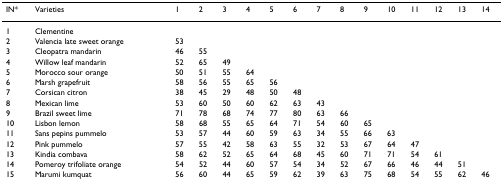
<table><thead><tr><td><b>IN*</b></td><td><b>Varieties</b></td><td><b>1</b></td><td><b>2</b></td><td><b>3</b></td><td><b>4</b></td><td><b>5</b></td><td><b>6</b></td><td><b>7</b></td><td><b>8</b></td><td><b>9</b></td><td><b>10</b></td><td><b>11</b></td><td><b>12</b></td><td><b>13</b></td><td><b>14</b></td></tr></thead><tbody><tr><td>1</td><td>Clementine</td><td></td><td></td><td></td><td></td><td></td><td></td><td></td><td></td><td></td><td></td><td></td><td></td><td></td><td></td></tr><tr><td>2</td><td>Valencia late sweet orange</td><td>53</td><td></td><td></td><td></td><td></td><td></td><td></td><td></td><td></td><td></td><td></td><td></td><td></td><td></td></tr><tr><td>3</td><td>Cleopatra mandarin</td><td>46</td><td>55</td><td></td><td></td><td></td><td></td><td></td><td></td><td></td><td></td><td></td><td></td><td></td><td></td></tr><tr><td>4</td><td>Willow leaf mandarin</td><td>52</td><td>65</td><td>49</td><td></td><td></td><td></td><td></td><td></td><td></td><td></td><td></td><td></td><td></td><td></td></tr><tr><td>5</td><td>Morocco sour orange</td><td>50</td><td>51</td><td>55</td><td>64</td><td></td><td></td><td></td><td></td><td></td><td></td><td></td><td></td><td></td><td></td></tr><tr><td>6</td><td>Marsh grapefruit</td><td>58</td><td>56</td><td>55</td><td>65</td><td>56</td><td></td><td></td><td></td><td></td><td></td><td></td><td></td><td></td><td></td></tr><tr><td>7</td><td>Corsican citron</td><td>38</td><td>45</td><td>29</td><td>48</td><td>50</td><td>48</td><td></td><td></td><td></td><td></td><td></td><td></td><td></td><td></td></tr><tr><td>8</td><td>Mexican lime</td><td>53</td><td>60</td><td>50</td><td>60</td><td>62</td><td>63</td><td>43</td><td></td><td></td><td></td><td></td><td></td><td></td><td></td></tr><tr><td>9</td><td>Brazil sweet lime</td><td>71</td><td>78</td><td>68</td><td>74</td><td>77</td><td>80</td><td>63</td><td>66</td><td></td><td></td><td></td><td></td><td></td><td></td></tr><tr><td>10</td><td>Lisbon lemon</td><td>58</td><td>68</td><td>55</td><td>65</td><td>64</td><td>71</td><td>54</td><td>60</td><td>65</td><td></td><td></td><td></td><td></td><td></td></tr><tr><td>11</td><td>Sans pepins pummelo</td><td>53</td><td>57</td><td>44</td><td>60</td><td>59</td><td>63</td><td>34</td><td>55</td><td>66</td><td>63</td><td></td><td></td><td></td><td></td></tr><tr><td>12</td><td>Pink pummelo</td><td>57</td><td>55</td><td>42</td><td>58</td><td>63</td><td>55</td><td>32</td><td>53</td><td>67</td><td>64</td><td>47</td><td></td><td></td><td></td></tr><tr><td>13</td><td>Kindia combava</td><td>58</td><td>62</td><td>52</td><td>65</td><td>64</td><td>68</td><td>45</td><td>60</td><td>71</td><td>71</td><td>54</td><td>61</td><td></td><td></td></tr><tr><td>14</td><td>Pomeroy trifoliate orange</td><td>54</td><td>52</td><td>44</td><td>60</td><td>57</td><td>54</td><td>34</td><td>52</td><td>67</td><td>66</td><td>46</td><td>44</td><td>51</td><td></td></tr><tr><td>15</td><td>Marumi kumquat</td><td>56</td><td>60</td><td>44</td><td>65</td><td>59</td><td>62</td><td>39</td><td>63</td><td>75</td><td>68</td><td>54</td><td>55</td><td>62</td><td>46</td></tr></tbody></table>